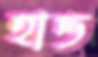
হান্ড